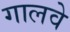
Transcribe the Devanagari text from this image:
गालवे